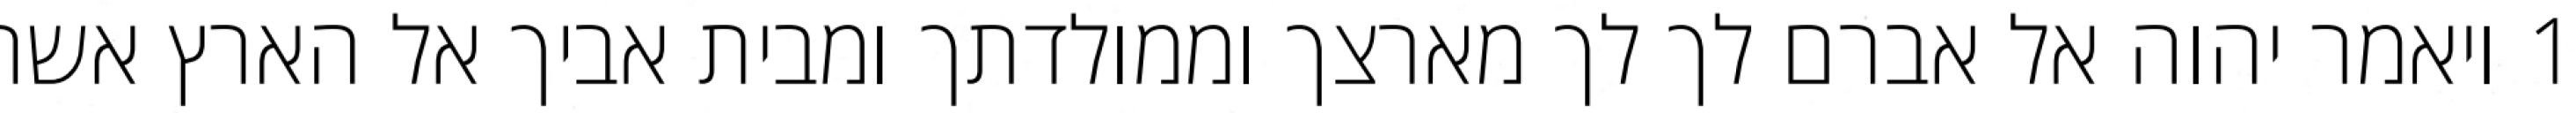
1 ויאמר יהוה אל אברם לך לך מארצך וממולדתך ומבית אביך אל הארץ אשר